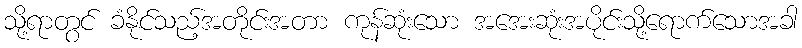
သို့ရာတွင် ခံနိုင်သည့်အတိုင်းအတာ ကုန်ဆုံးသော အအေးဆုံးအပိုင်းသို့ရောက်သောအခါ